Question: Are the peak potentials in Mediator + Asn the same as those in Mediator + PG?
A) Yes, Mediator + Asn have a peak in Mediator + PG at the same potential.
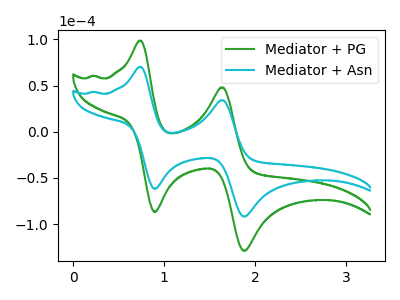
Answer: <think>The green curve "Mediator + PG" has anodic peaks at (0.75V, 98.55uA) (1.65V, 48.10uA) and cathodic peaks at (0.90V, -86.70uA) (1.85V, -128.80uA). The cyan curve "Mediator + Asn" has anodic peaks at (0.75V, 70.20uA) (1.65V, 34.25uA) and cathodic peaks at (0.90V, -61.75uA) (1.85V, -91.70uA).</think>
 <answer>A) Yes, "Mediator + Asn" have a peak in "Mediator + PG" at the same potential.</answer>
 <eval>A</eval>